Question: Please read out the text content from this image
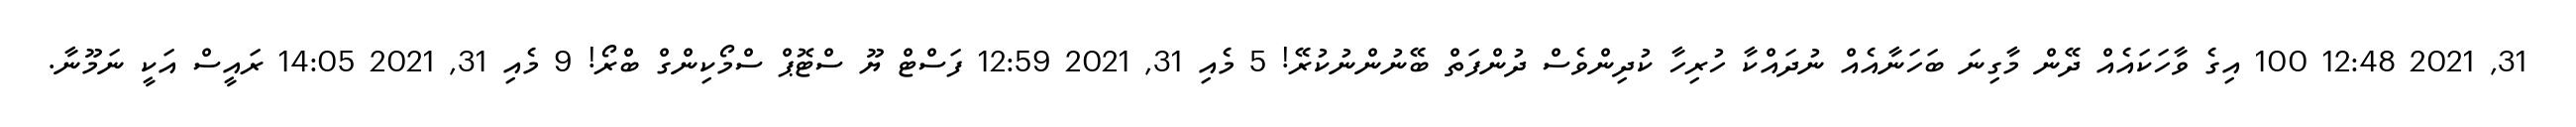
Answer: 31, 2021 12:48 100 އިގެ ވާހަކައެއް ދޭން މާގިނަ ބަހަނާއެއް ނުދައްކާ ހުރިހާ ކުދިންވެސް ދުންފަތް ބޭނުންނުކުރޭ! 5 މެއި 31, 2021 12:59 ފަސްޓް ޔޫ ސްޓޮޕް ސްމޯކިންގް ބްރޯ! 9 މެއި 31, 2021 14:05 ރައީސް އަކީ ނަމޫނާ.